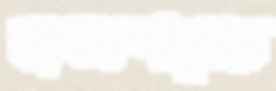
জলাশয়ের